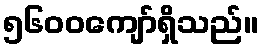
၅၆၀၀ကျော်ရှိသည်။